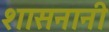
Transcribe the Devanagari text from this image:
शासनानी